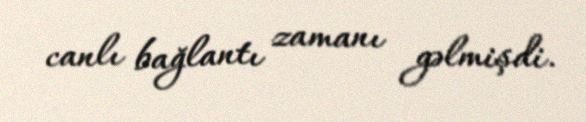
canlı bağlantı zamanı gəlmişdi.